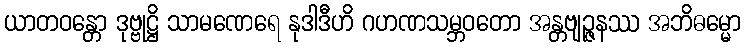
ယာတဝန္တော ဒုဗ္ဗုဋ္ဌိ သာမဏေရေ နုဒါဒီဟိ ဂဟဏသမ္ဘဝတော အန္တဗျဉ္ဇနဿ အဘိဓမ္မော